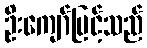
ဦးကျော်မြင့်သည်